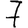
Digit: 7